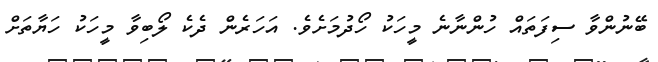
ބޭނުންވާ ސިފަތައް ހުންނާނެ މީހަކު ހޯދުމަށެވެ. އަހަރެން ދެކެ ލޯބިވާ މީހަކު ހަޔާތަށް